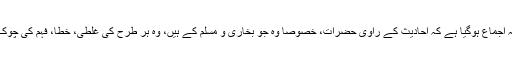
جی بالکل آپ صحیح فرمارہے ہیں، پتہ نہیں کہاں سے یہ مسلمانوں میں خود ساختہ اجماع ہوگیا ہے کہ احادیث کے راوی حضرات، خصوصا وہ جو بخاری و مسلم کے ہیں، وہ ہر طرح کی غلطی، خطا، فہم کی چوک، حافظہ کی کمزوری، نسیان وغیرہ دیگر انسانی کمزوریوں سے پاک و منزہ ہیں۔